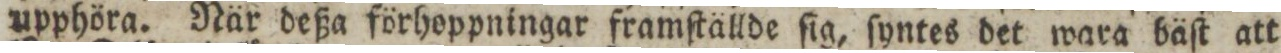
upphöra. När deßa förhoppningar framſtällde ſig, ſyntes det wara bäſt att